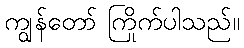
ကျွန်တော် ကြိုက်ပါသည်။